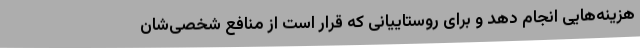
هزینه‌هایی انجام دهد و برای روستاییانی که قرار است از منافع شخصی‌شان